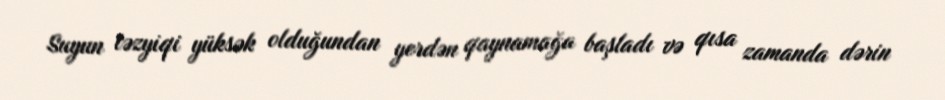
Suyun təzyiqi yüksək olduğundan yerdən qaynamağa başladı və qısa zamanda dərin